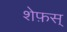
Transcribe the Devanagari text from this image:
शेफ़स्